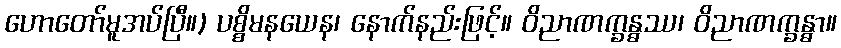
ဟောတော်မူအပ်ပြီ။) ပစ္စိမနယေန၊ နောက်နည်းဖြင့်။ ဝိညာဏက္ခန္ဓဿ၊ ဝိညာဏက္ခန္ဓာ။